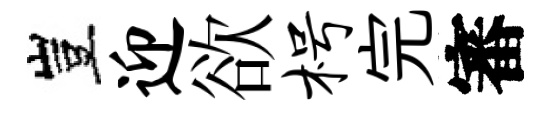
豈迎欲枵完審